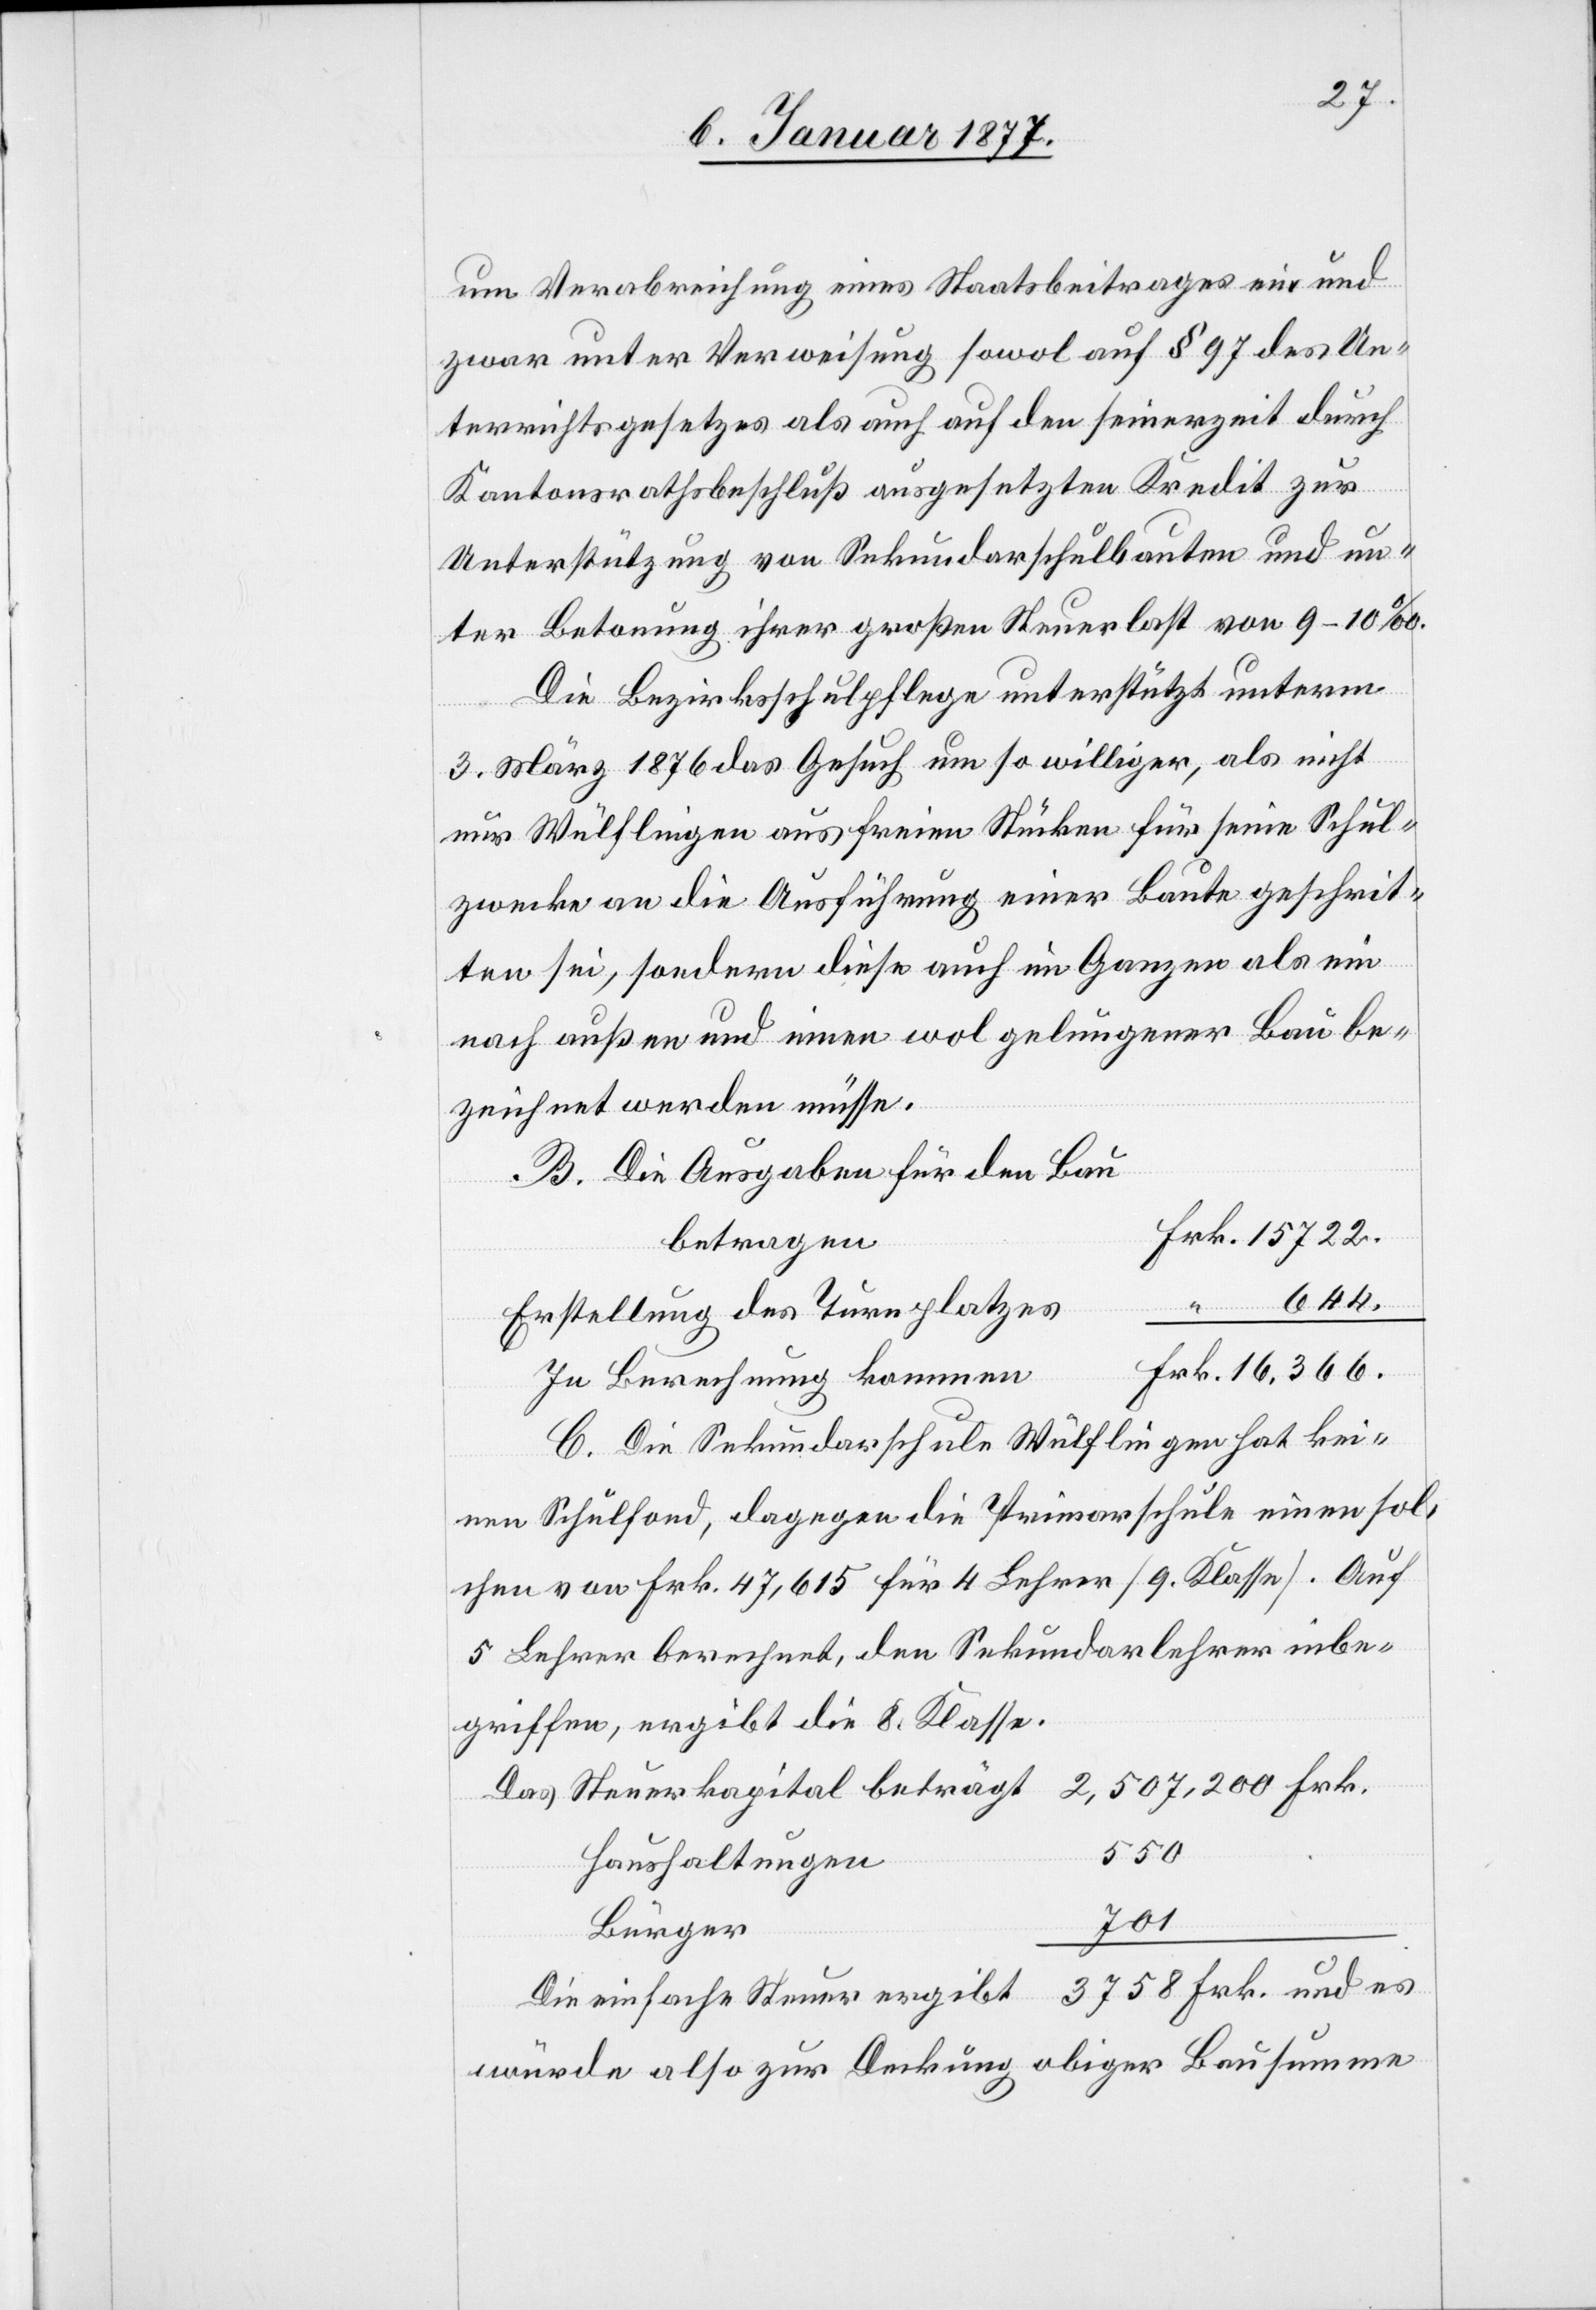
um Verabreichung eines Staatsbeitrages ein und
zwar unter Verweisung sowol auf § 97 des Un¬
terrichtsgesetzes als auch auf den seinerzeit durch
Kantonsrathsbeschluß ausgesetzten Kredit zur
Unterstützung von Sekundarschulbauten und un¬
ter Betonung ihrer großen Steuerlast von 9–10‰.
Die Bezirksschulpflege unterstützt unterm
und
3. März 1876 das Gesuch um so williger, als nicht
nur Wülflingen aus freien Stücken für seine Schul¬
zwecke an die Ausführung einer Baute geschrit¬
ten sei, sondern diese auch im Ganzen als ein
nach außen und innen wol gelungener Bau be¬
zeichnet werden müsse.
B. Die Ausgaben für den Bau
betragen
644.
Erstellung des Turnplatzes
“
In Berechnung kommen
Die Sekundarschule Wülflingen hat kei¬
nen Schulfond, dagegen die Primarschule einen sol¬
chen von Frk. 47,615 für 4 Lehrer [9. Klasse]. Auf
5 Lehrer berechnet, den Sekundarlehrer inbe¬
griffen, ergibt sich die 8. Klasse.
3758
Haushaltungen
701
Bürger
würde also zur Deckung obiger Bausumme